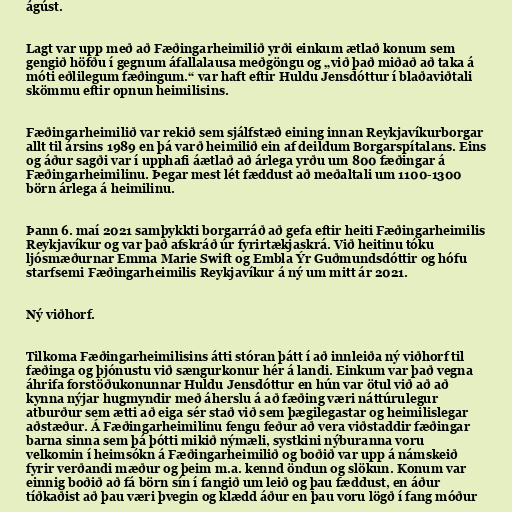
ágúst.

Lagt var upp með að Fæðingarheimilið yrði einkum ætlað konum sem
gengið höfðu í gegnum áfallalausa meðgöngu og „við það miðað að taka á
móti eðlilegum fæðingum.“ var haft eftir Huldu Jensdóttur í blaðaviðtali
skömmu eftir opnun heimilisins.

Fæðingarheimilið var rekið sem sjálfstæð eining innan Reykjavíkurborgar
allt til ársins 1989 en þá varð heimilið ein af deildum Borgarspítalans. Eins
og áður sagði var í upphafi áætlað að árlega yrðu um 800 fæðingar á
Fæðingarheimilinu. Þegar mest lét fæddust að meðaltali um 1100-1300
börn árlega á heimilinu.

Þann 6. maí 2021 samþykkti borgarráð að gefa eftir heiti Fæðingarheimilis
Reykjavíkur og var það afskráð úr fyrirtækjaskrá. Við heitinu tóku
ljósmæðurnar Emma Marie Swift og Embla Ýr Guðmundsdóttir og hófu
starfsemi Fæðingarheimilis Reykjavíkur á ný um mitt ár 2021.

Ný viðhorf.

Tilkoma Fæðingarheimilisins átti stóran þátt í að innleiða ný viðhorf til
fæðinga og þjónustu við sængurkonur hér á landi. Einkum var það vegna
áhrifa forstöðukonunnar Huldu Jensdóttur en hún var ötul við að að
kynna nýjar hugmyndir með áherslu á að fæðing væri náttúrulegur
atburður sem ætti að eiga sér stað við sem þægilegastar og heimilislegar
aðstæður. Á Fæðingarheimilinu fengu feður að vera viðstaddir fæðingar
barna sinna sem þá þótti mikið nýmæli, systkini nýburanna voru
velkomin í heimsókn á Fæðingarheimilið og boðið var upp á námskeið
fyrir verðandi mæður og þeim m.a. kennd öndun og slökun. Konum var
einnig boðið að fá börn sín í fangið um leið og þau fæddust, en áður
tíðkaðist að þau væri þvegin og klædd áður en þau voru lögð í fang móður